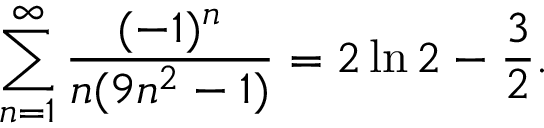
\sum _ { n = 1 } ^ { \infty } { \frac { ( - 1 ) ^ { n } } { n ( 9 n ^ { 2 } - 1 ) } } = 2 \ln 2 - { \frac { 3 } { 2 } } .